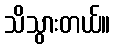
သိသွားတယ်။